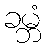
ခမ္ဘံ